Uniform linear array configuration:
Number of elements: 24
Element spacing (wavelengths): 0.75
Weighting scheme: kaiser
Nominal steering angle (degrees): -45
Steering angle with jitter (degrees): -43.141
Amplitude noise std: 0.05
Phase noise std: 0.05

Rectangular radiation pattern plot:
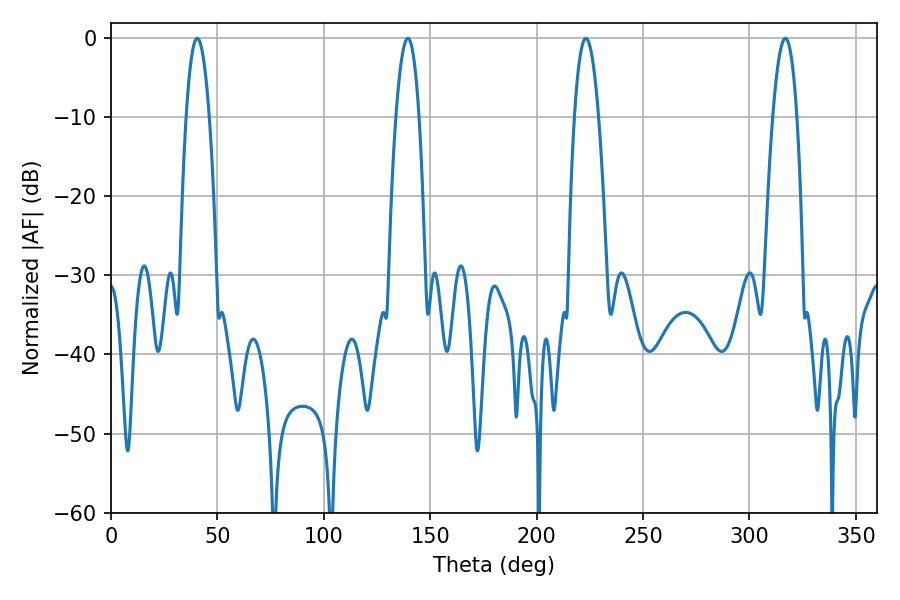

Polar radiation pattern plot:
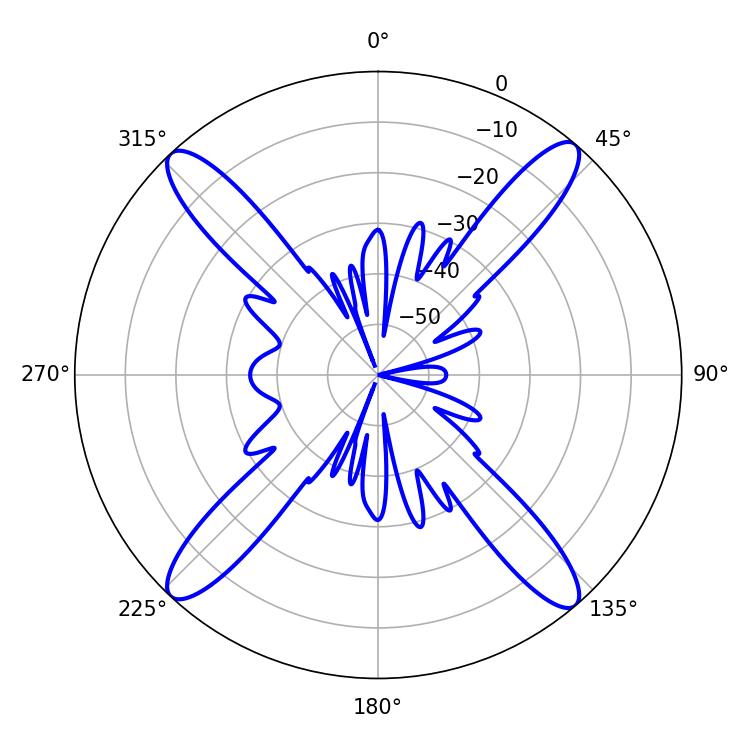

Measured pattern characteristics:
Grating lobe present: TRUE
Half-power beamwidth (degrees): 5.94
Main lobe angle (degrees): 40.5